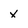
Character: x